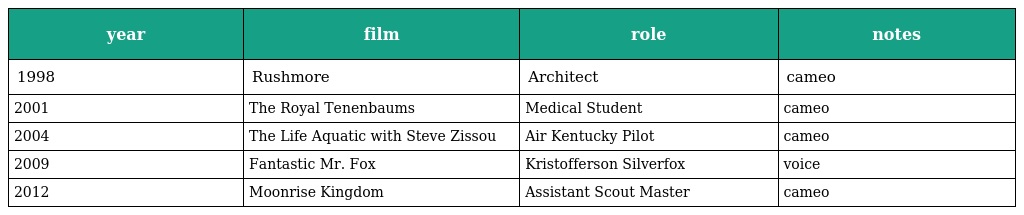
| year | film | role | notes |
 | --- | --- | --- | --- |
 | 1998 | Rushmore | Architect | cameo |
 | 2001 | The Royal Tenenbaums | Medical Student | cameo |
 | 2004 | The Life Aquatic with Steve Zissou | Air Kentucky Pilot | cameo |
 | 2009 | Fantastic Mr. Fox | Kristofferson Silverfox | voice |
 | 2012 | Moonrise Kingdom | Assistant Scout Master | cameo |